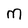
Character: m